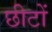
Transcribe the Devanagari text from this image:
छीटों